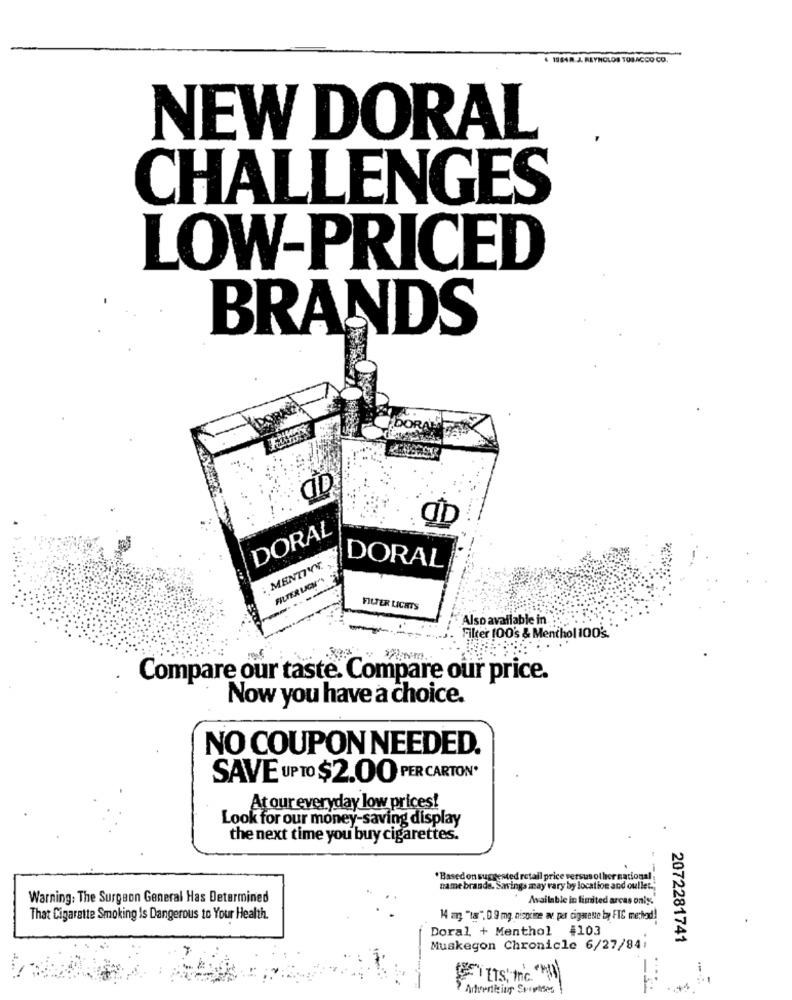
. 1984R. J. REYNOLDS TOBACCO CO.
NEW DORAL
CHALLENGES
LOW-PRICED
BRANDS
DORAS
DORAL
MENTIVÝ.
DORAL
FILTERUCH'S
FILTER LICATS
Also available in:
Filter 100's & Menthol 100's.
Compare our taste. Compare our price.
Now you have a choice.
NO COUPON NEEDED.
SAVE UP TO $2.00 PER CARTON*
At our everyday low prices!
Look for our money-saving display
the next time you buy cigarettes.
"Based on suggested retail price versus other nacional
name brande. Savings may vary by location and oullet .;
Warning: The Surgeon General Has Determined
Available in limited arcas only.
That Cigarette Smoking Is Dangerous to Your Health.
14 mg "18", 0.9 mg nicocine av per cigarette by FIC mechod!
Doral + Menthol #103
2072281741
Muskegon Chronicle 6/27/84:
Advertising Spreises
+1